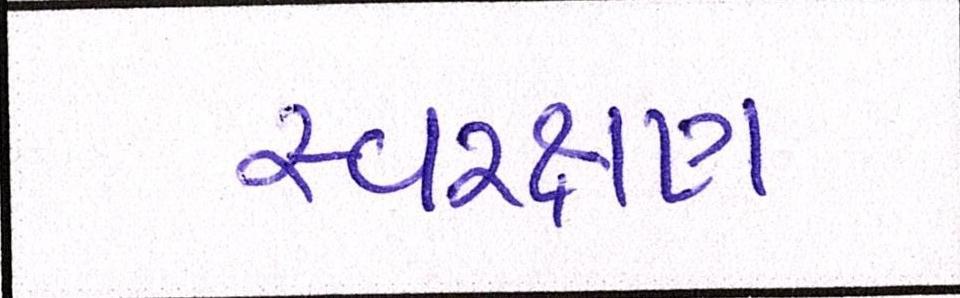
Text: સ્વરક્ષણ